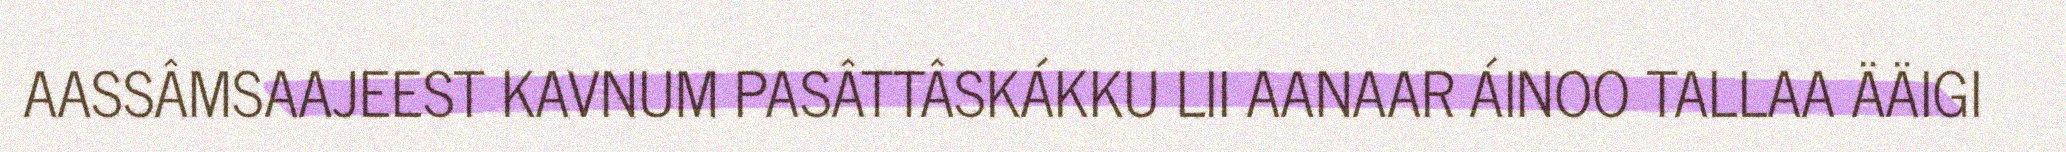
AASSÂMSAAJEEST KAVNUM PASÂTTÂSKÁKKU LII AANAAR ÁINOO TALLAA ÄÄIGI